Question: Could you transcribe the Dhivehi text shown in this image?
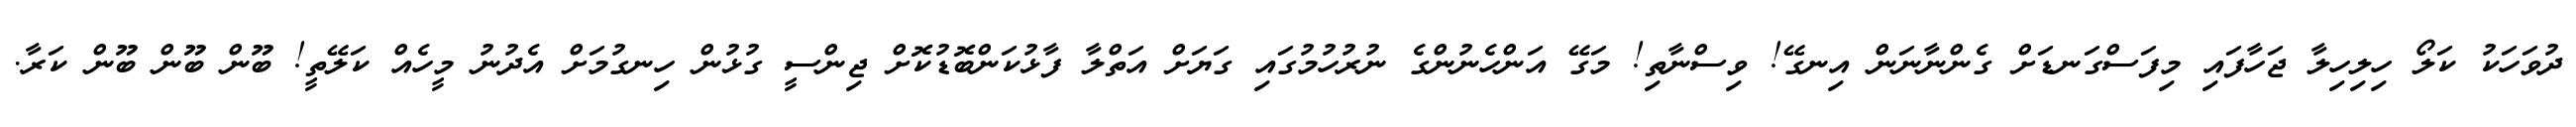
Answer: ދުވަހަކު ކަލޯ ހިލިހިލާ ޖަހާފައި މިފަސްގަނޑަށް ގެންނާނަން އިނގޭ! ވިސްނާތި! މަގޭ އަންހެނުންގެ ނުރުހުމުގައި ގަޔަށް އަތްލާ ފާޅުކަންބޮޑުކޮށް ޖިންސީ ގުޅުން ހިނގުމަށް އެދުނު މީހެއް ކަލޭތީ! ބޫން ބޫން ބޫން ކަރާ.